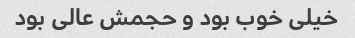
خیلی خوب بود و حجمش عالی بود